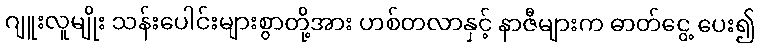
ဂျူးလူမျိုး သန်းပေါင်းများစွာတို့အား ဟစ်တလာနှင့် နာဇီများက ဓာတ်ငွေ့ ပေး၍